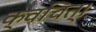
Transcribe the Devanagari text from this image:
क्वचित्‌।